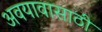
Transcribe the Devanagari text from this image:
अवयावासाठी